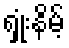
ရှုံးနိမ့်